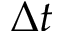
\Delta t